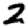
Digit: 2